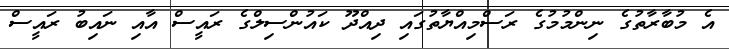
އެ މުބާރާތުގެ ނިންމުމުގެ ރަސްމިއްޔާތުގައި ދިއްދޫ ކައުންސިިލްގެ ރައީސް އާއި ނައިބު ރައީސް